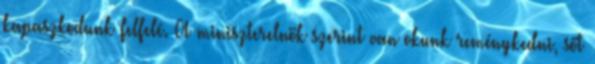
kapaszkodunk felfelé. A miniszterelnök szerint van okunk reménykedni, sőt